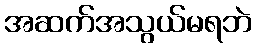
အဆက်အသွယ်မရဘဲ